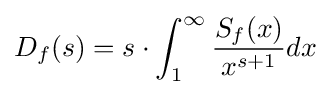
D_{f}(s)=s\cdot \int _{1}^{\infty }{\frac {S_{f}(x)}{x^{s+1}}}dx